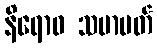
နိရောဓ သမာပတ်